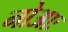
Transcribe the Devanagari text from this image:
नोआः